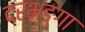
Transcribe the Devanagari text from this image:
दरभङ्गा